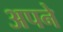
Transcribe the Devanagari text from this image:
अपने